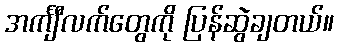
အင်္ကျီလက်တွေကို ပြန်ဆွဲချတယ်။